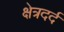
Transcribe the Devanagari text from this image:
क्षेत्रदर्द